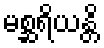
မစ္ဆရိယန္တိ